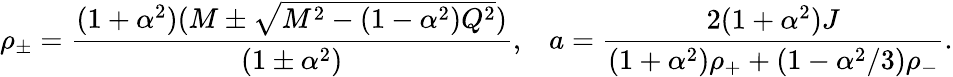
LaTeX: \rho_{\pm}=\frac{(1+\alpha^{2})(M\pm\sqrt{M^{2}-\left(1-\alpha^{2}\right)Q^{2}})}{\left(1\pm\alpha^{2}\right)},\; \; \; a=\frac{2(1+\alpha^{2})J}{(1+\alpha^{2})\rho_{+}+(1-\alpha^{2}/3)\rho_{-}}.